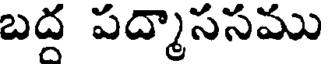
బద్ద పద్మాససము